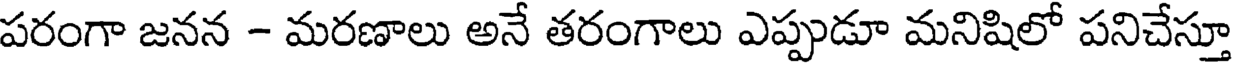
పరంగా జనన - మరణాలు అనే తరంగాలు ఎప్పుడూ మనిషిలో పనిచేస్తూ